Indian Civil Veterinary Department memoirs
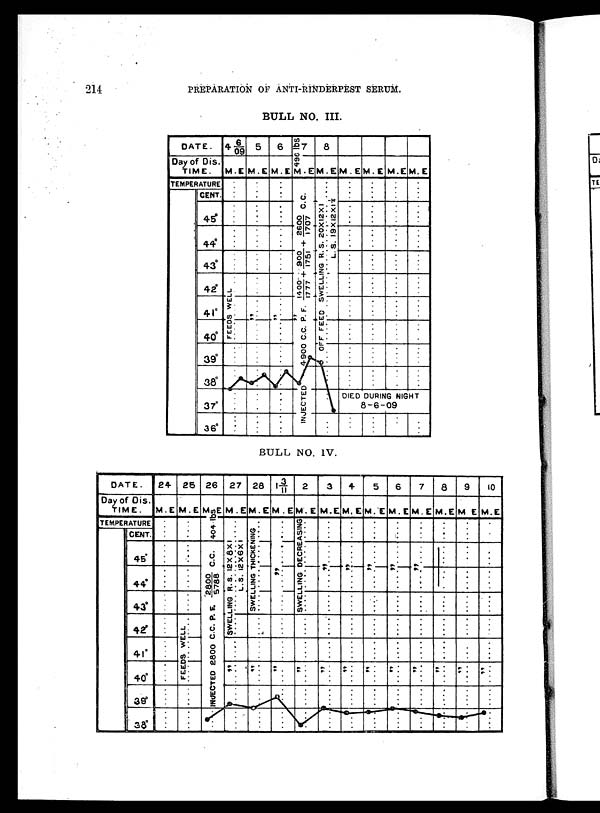
214
PREPARATION OF ANTI-RINDERPEST SERUM.
BULL NO. III.
BULL NO. IV.